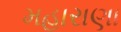
મહારાણા